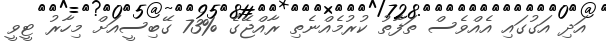
އަދި އަގުގައި އެއްވެސް ތަފާތު ކުރުމެއްނެތި ރާއްޖޭގެ %73 ގޭބިސީއަށް މިހާރު ޓީވީ